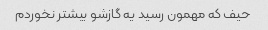
حیف که مهمون رسید یه گازشو بیشتر نخوردم